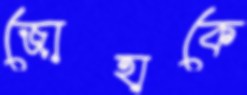
জোহাকে